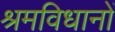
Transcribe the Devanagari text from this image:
श्रमविधानों